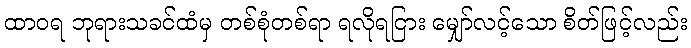
ထာဝရ ဘုရားသခင်ထံမှ တစ်စုံတစ်ရာ ရလိုရငြား မျှော်လင့်သော စိတ်ဖြင့်လည်း